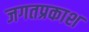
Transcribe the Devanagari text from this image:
जगतप्रकाश